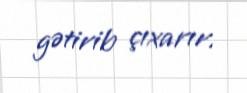
gətirib çıxarır.